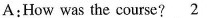
A:How was the course? \underline{2}